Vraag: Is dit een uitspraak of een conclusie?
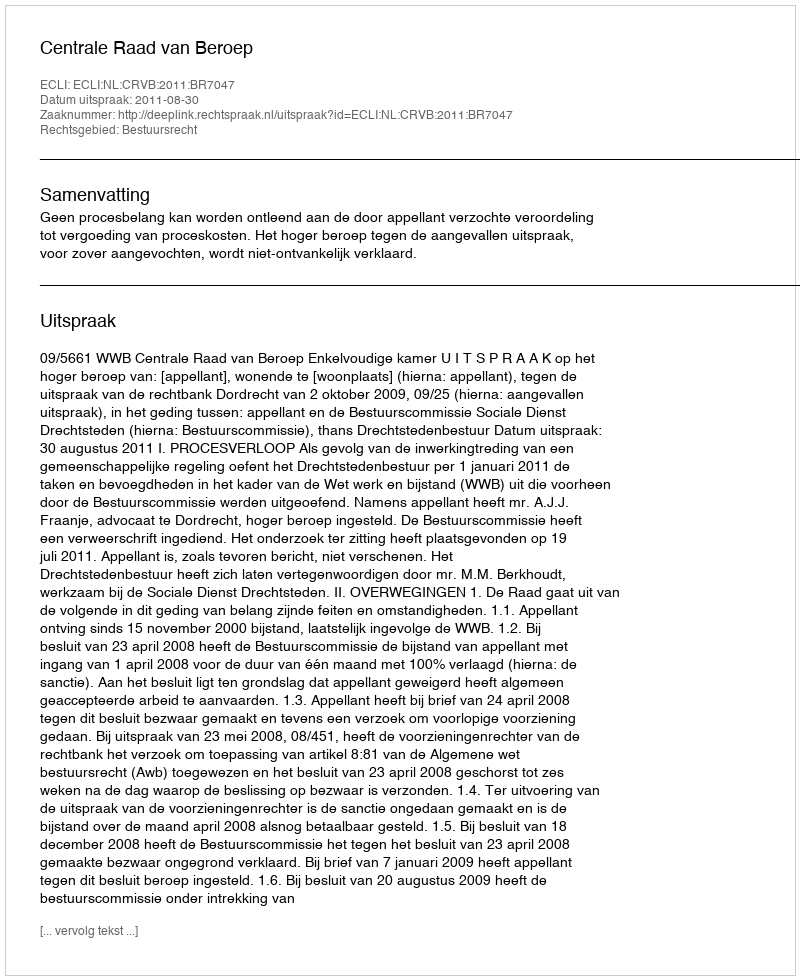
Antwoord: Uitspraak